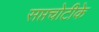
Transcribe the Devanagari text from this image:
सप्तचोटीके